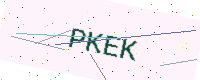
Text: PKEK